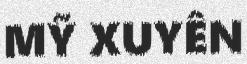
MỸ XUYÊN